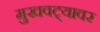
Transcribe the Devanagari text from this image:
मुखवट्यावर